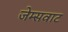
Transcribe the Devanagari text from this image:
जेम्सवाट